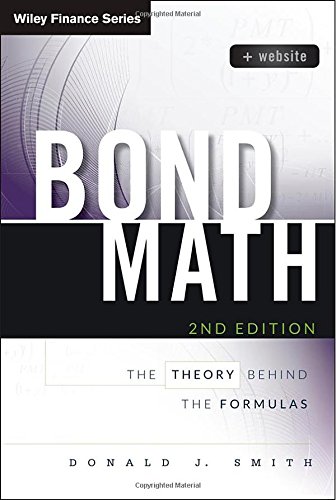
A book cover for Bond Math: The Theory Behind the Formulas, + Website (Wiley Finance); Donald J. Smith; Business & Money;